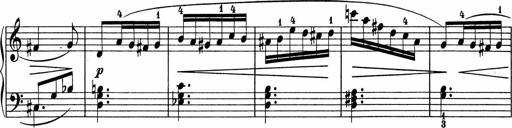
Title: 5 Sonatinen fÃ¼r die Jugend
Composer: Carl Reinecke